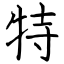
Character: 特